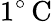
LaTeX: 1^{\circ}\, \mathrm{C}